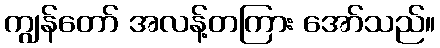
ကျွန်တော် အလန့်တကြား အော်သည်။